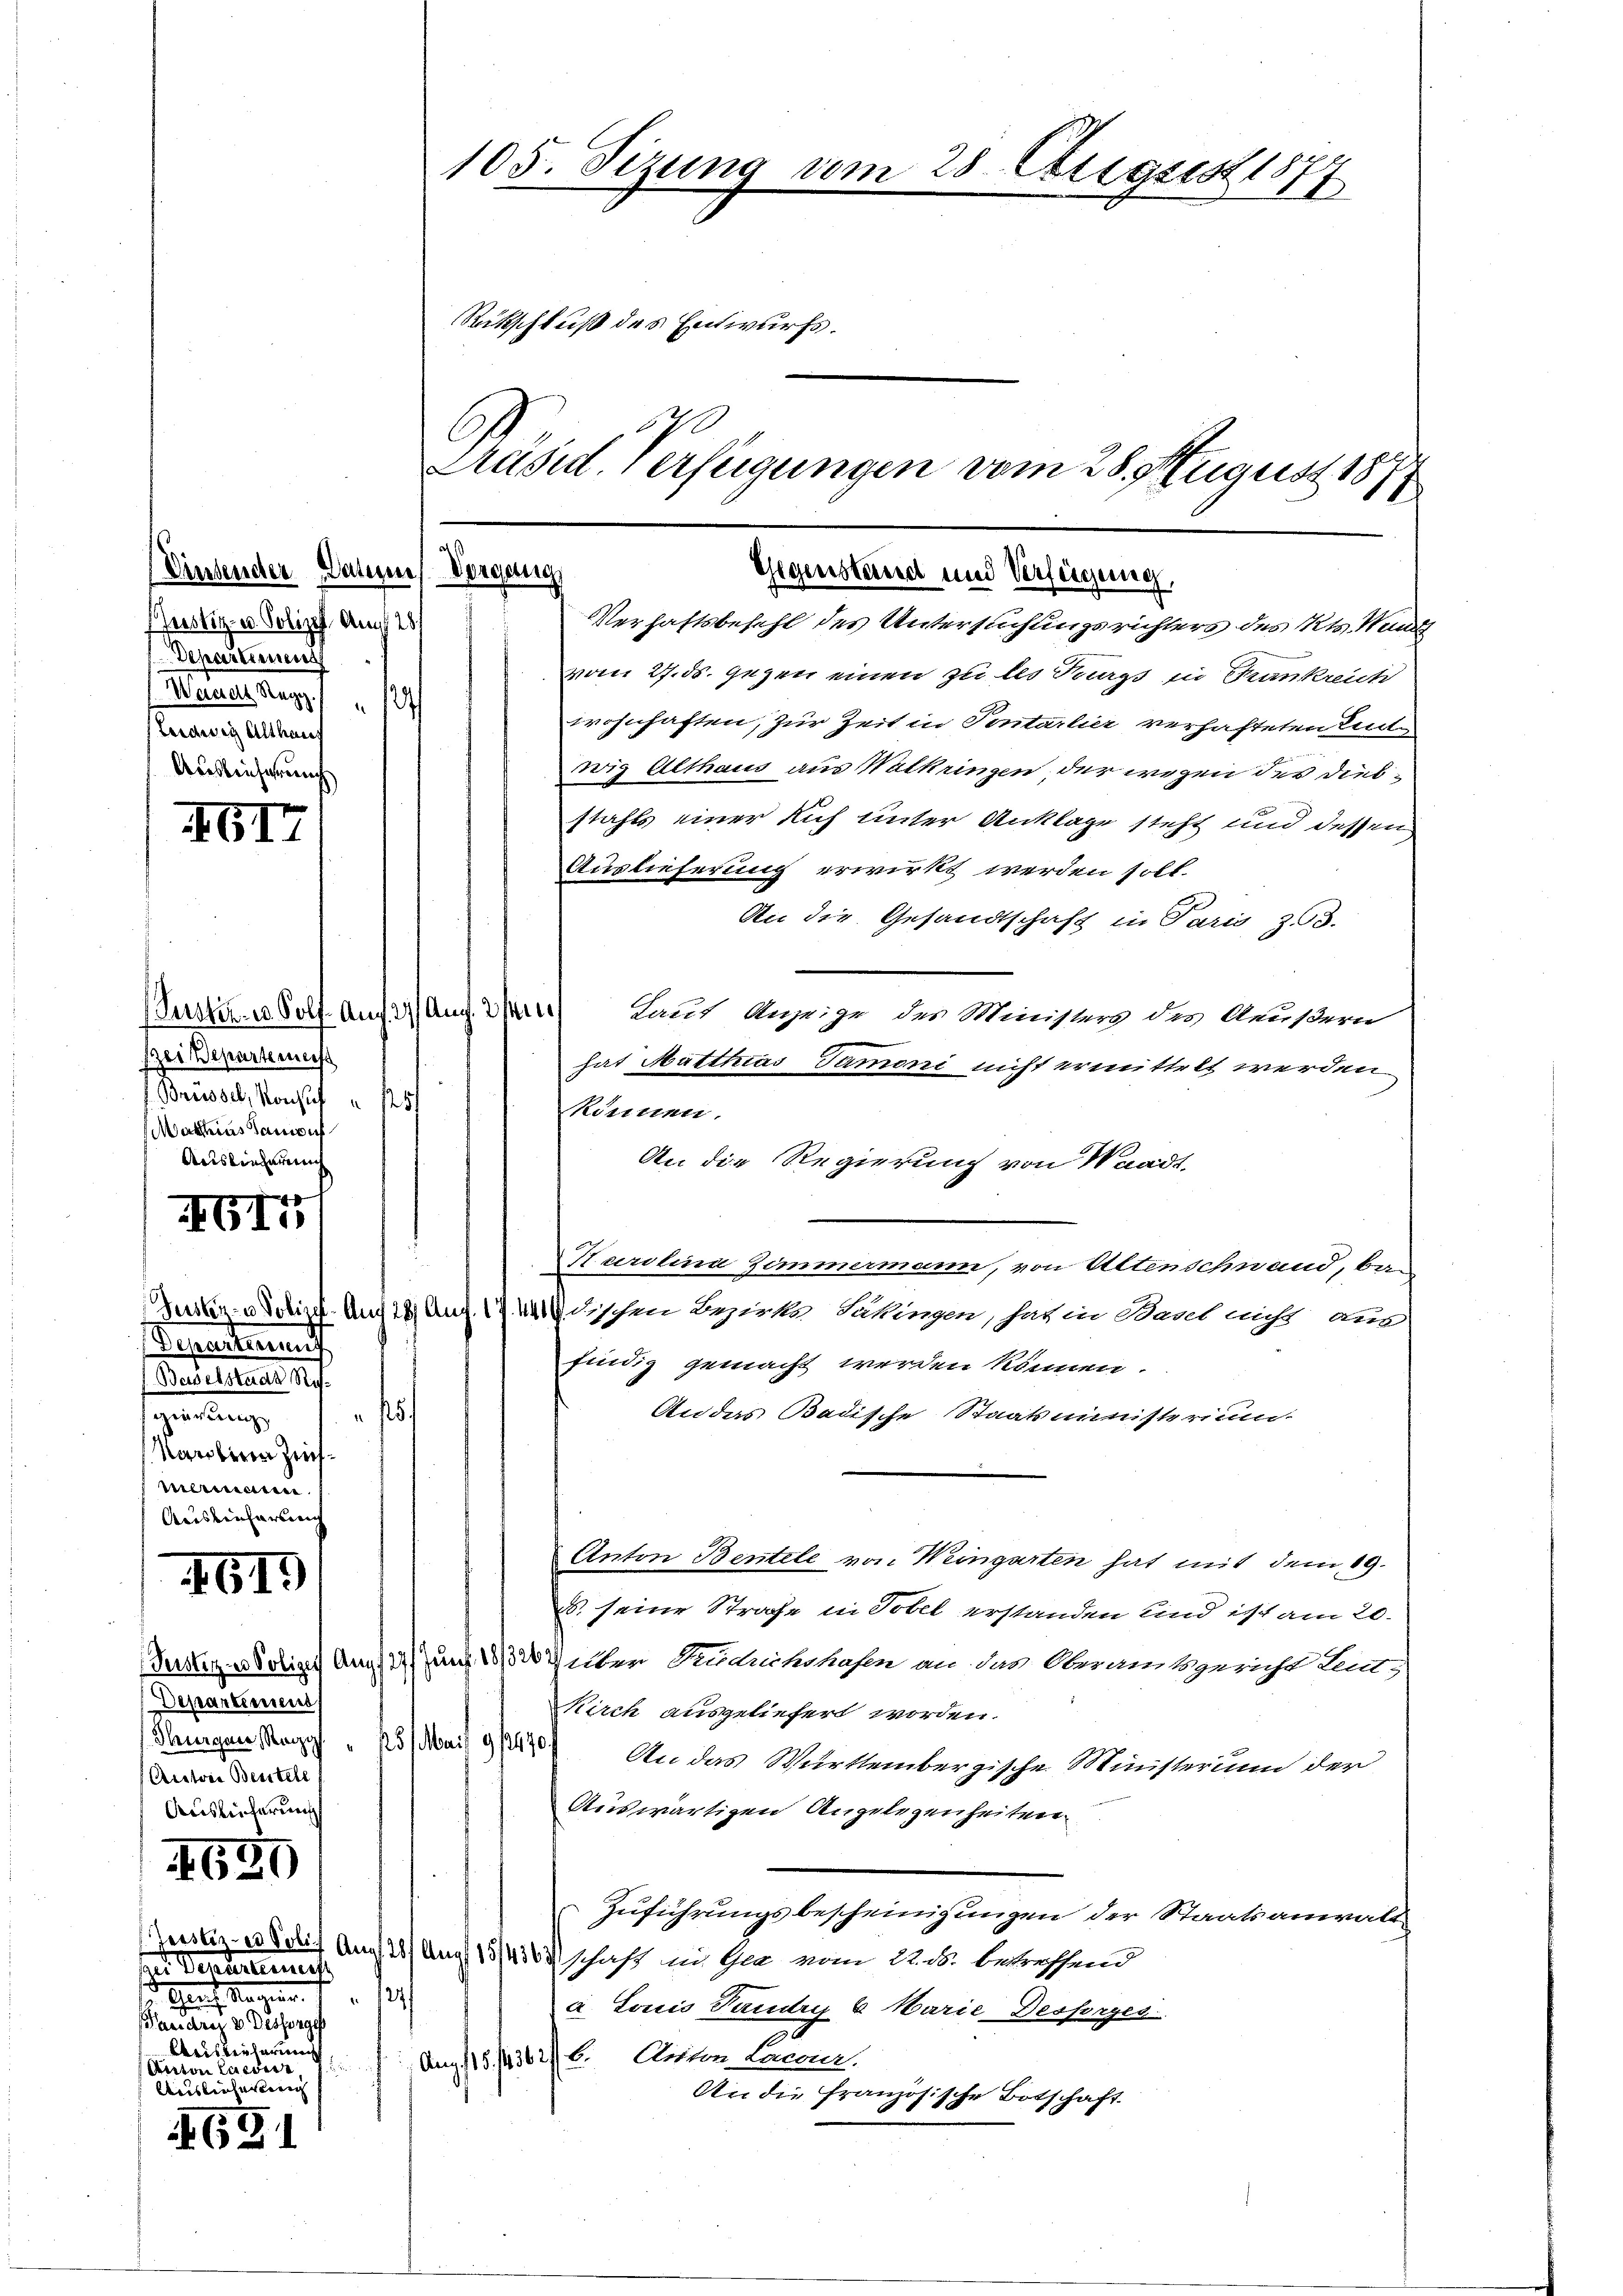
Vinsender Dauermes Vorgang
Justiz- u. Polizist. Auch 25/
Departement
Wanes Regg.
2
.
Ledwig Althaus
Auslieferung

61

(Justiz- u. Solf. Auch. 27 Aug. 21.
ei Departenaiss
f. Brüssel, Konsul " 1257
Mathias Samouf
Auslieferung

4G1

Departierung
(Baselstaats R.
A
aeren Zeich.
manenen
Aushinharteng

619

Terster es Polizei Aug
Departemens
(Thurgen, Reg
(Acatore Bestell
Auslieferung

620

ser Verurternich
1 Haus Mangen
Banau v. M. eine ge
Kreisverlerung
.
Perron Lueder
Waausbauhesteri

691

105. Sizung vom
Rückschluß des Entwurfs.
u
C

Präsid. Verfügungen vom 28. August 1871
Gegenstand und Verfügung,

Verhaftsbefehl des Untersuchungsrichters des Kts. Wand
vom 27. ds. gegen einen zu les Burgs in Trankreich
wohnhaften, zur Zeit in Tentarlier verhafteten End-
wig Althaus aus Walkringen, der wegen der diesstahls einer sich unter Anklage steht und dessen
Auslieferung erwirkt werden soll.
An die Gesandtschaft in Paris 353.
Tauf Anzeige des Ministers des Aeußern
hat Matthias Tammoni nicht ermittelt werden.
Können.
An die Regierung von Waadt,
Karolina Zimmermann, von Altenschnand, ban
Zustiz notize. Und 28 Aug. 1744 dischen Bezirks dahingen, hat in Basel nicht aus
findig gemacht werden können.
An das Badische Staatsministerium.
f
Anton Bentele von Weingarten hat mit dem 19.
. seine Strafe in Tobel erstanden sind ist am 20.
a 130 Unter Trudrichshafen an das Oberamtsgericht Lein-
Kirch ausgeliefert worden.
25/ Mai 9 1/2470
An das Württembergische Ministerium der
Auswärtigen Angelegenheiten.
Zuführungsbescheinigungen der Staatsanwalt
Zustiz- u Solif Aus 28/ Aug. 15/4383) schaft im Gra vom 22. ds. betreffend
a Louis Paudry b Marie Desperges
Aug. 15. 14362/6. Anton Lacanz.
An die Französische Botschaft

28 August 1871